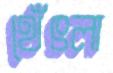
থেঁৎলা